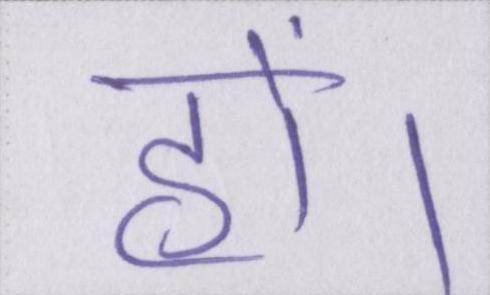
हों।